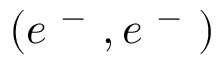
( e ^ { \mathrm { ~ - ~ } } , e ^ { \mathrm { ~ - ~ } } )